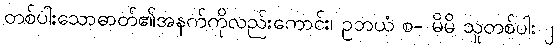
တစ်ပါးသောဓာတ်၏အနက်ကိုလည်းကောင်း၊ ဥဘယံ စ- မိမိ သူတစ်ပါး ၂